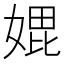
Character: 𭒇